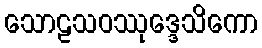
သောဠသဝဿုဒ္ဒေသိကော